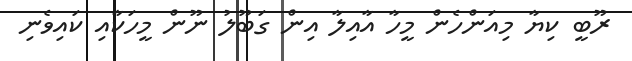
ރޫބީ ކިޔާ މިއަންހެން މީހާ އާއިލާ އިން ގަބޫލު ނޫން މީހަކާއި ކައިވެނި